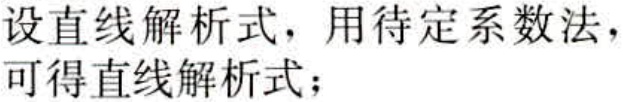
设直线解析式，用待定系数法，可得直线解析式；